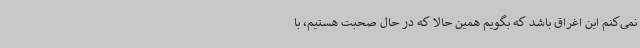
نمی‌کنم این اغراق باشد که بگویم همین حالا که در حال صحبت هستیم، با